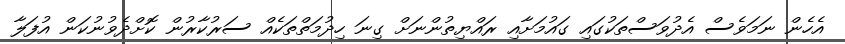
އެހެން ނަމަވެސް އެދުވަސްތަކުގައި ގައުމަށާއި ރައްޔިތުންނަށް ގިނަ ހިދުމަތްތަކެއް ސަރުކާރުން ކޮށްދެވުނުކަން އުފަލާ